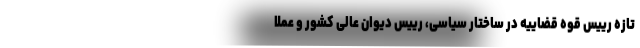
تازه رییس قوه قضاییه در ساختار سیاسی، رییس دیوان عالی کشور و عملا